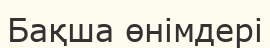
Бақша өнімдері